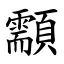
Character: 顬